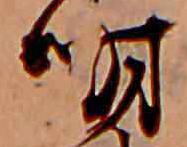
明